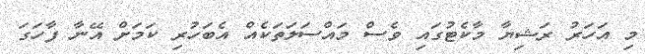
މި އަހަރު ރަޝިޔާ މާކެޓުގައި ވެސް މައްސަލަތަކެއް އެބަހުރި ކަމަށް އޭނާ ފާހަގަ